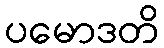
ပမောဒတိ